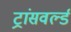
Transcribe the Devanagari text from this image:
ट्रांसवर्ल्ड